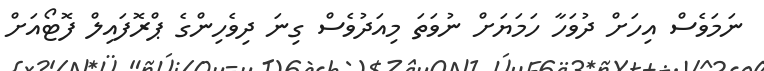
ނަމަވެސް އިހަށް ދުވަހާ ހަމަޔަށް ނުވަތަ މިއަދުވެސް ގިނަ ދިވެހިންގެ ޕްރޮފައިލް ފޮޓޯއަށް